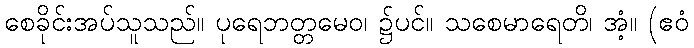
စေခိုင်းအပ်သူသည်။ ပုရေဘတ္တမေဝ၊ ၌ပင်။ သစေမာရေတိ၊ အံ့။ (ဧဝံ